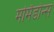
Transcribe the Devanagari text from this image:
मर्मिडोन्स